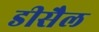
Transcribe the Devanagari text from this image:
डीसैल